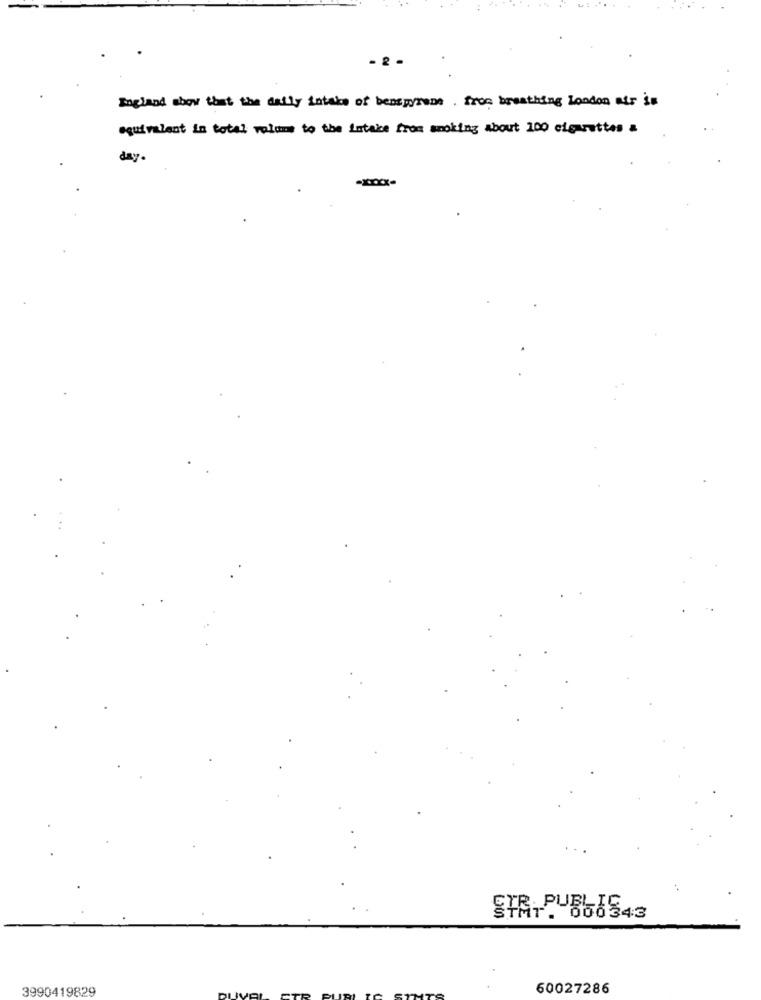
- 2 -
England show that the daily intake of benspyrene . from breathing London air is
equivalent in total volume to the Lateke from smoking about 100 cigarettes =
day.
STAT. 66
3990419829
60027286